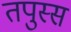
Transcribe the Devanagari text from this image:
तपुस्स